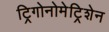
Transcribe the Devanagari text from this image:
ट्रिगोनोमेट्रिशेन